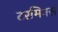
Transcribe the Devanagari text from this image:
टरमिनस